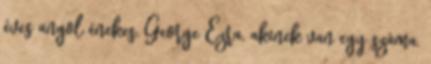
éves angol énekes, George Ezra, akinek van egy száma,